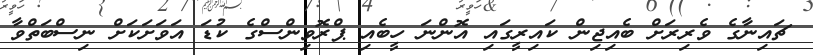
ޗައިނާގެ ވެރިރަށް ބެއިޖިން ކައިރީގައި އޮންނަ ހީބެއި ޕްރޮވިންސްގެ ކުޑަ އަވަށަކަށް ނިސްބަތްވާ